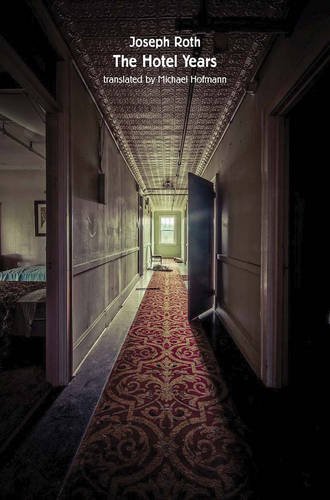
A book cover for The Hotel Years; Joseph Roth; Literature & Fiction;